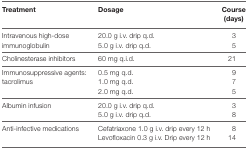
<table><thead><tr><td><b>Treatment</b></td><td><b>Dosage</b></td><td><b>Course (days)</b></td></tr></thead><tbody><tr><td>Intravenous high-dose immunoglobulin</td><td>20.0 g i.v. drip q.d.5.0 g i.v. drip q.d.</td><td>35</td></tr><tr><td>Cholinesterase inhibitors</td><td>60 mg q.i.d.</td><td>21</td></tr><tr><td>Immunosuppressive agents: tacrolimus</td><td>0.5 mg q.d.1.0 mg q.d.2.0 mg q.d.</td><td>975</td></tr><tr><td>Albumin infusion</td><td>20.0 g i.v. drip q.d.5.0 g i.v. drip q.d.</td><td>38</td></tr><tr><td>Anti-infective medications</td><td>Cefatriaxone 1.0 g i.v. drip every 12 hLevofloxacin 0.3 g i.v. Drip every 12 h</td><td>814</td></tr></tbody></table>